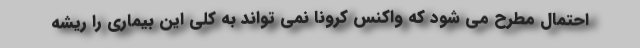
احتمال مطرح می شود که واکنس کرونا نمی تواند به کلی این بیماری را ریشه